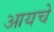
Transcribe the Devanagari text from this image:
आयचे